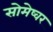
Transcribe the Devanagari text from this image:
सोमेष्वर